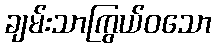
ချမ်းသာကြွယ်ဝသော